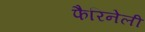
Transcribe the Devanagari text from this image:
फैरिनेली